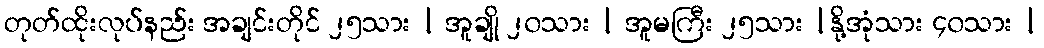
တုတ်ထိုးလုပ်နည်း အချင်းတိုင် ၂၅သား | အူချို ၂၀သား | အူမကြီး ၂၅သား |နို့အုံသား ၄၀သား |